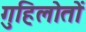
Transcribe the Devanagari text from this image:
गुहिलोतों